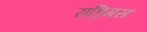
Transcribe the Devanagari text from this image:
राड्रिगस